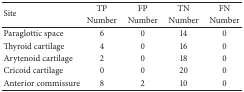
<table><thead><tr><td rowspan="2"><b>Site</b></td><td><b>TP</b></td><td><b>FP</b></td><td><b>TN</b></td><td><b>FN</b></td></tr><tr><td><b>Number</b></td><td><b>Number</b></td><td><b>Number</b></td><td><b>Number</b></td></tr></thead><tbody><tr><td>Paraglottic space</td><td>6</td><td>0</td><td>14</td><td>0</td></tr><tr><td>Thyroid cartilage</td><td>4</td><td>0</td><td>16</td><td>0</td></tr><tr><td>Arytenoid cartilage</td><td>2</td><td>0</td><td>18</td><td>0</td></tr><tr><td>Cricoid cartilage</td><td>0</td><td>0</td><td>20</td><td>0</td></tr><tr><td>Anterior commissure</td><td>8</td><td>2</td><td>10</td><td>0</td></tr></tbody></table>